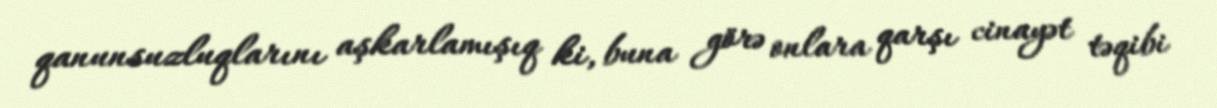
qanunsuzluqlarını aşkarlamışıq ki, buna görə onlara qarşı cinayət təqibi